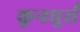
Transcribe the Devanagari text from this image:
कुनघुसँ